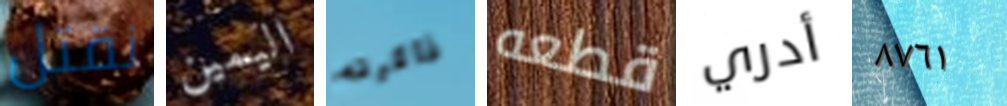
نقتل اليمين ذاكرته قطعه أدري ٨٧٦١